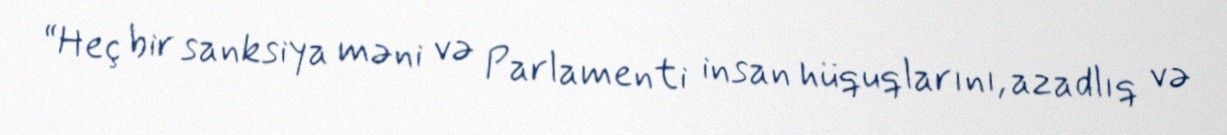
“Heç bir sanksiya məni və Parlamenti insan hüquqlarını, azadlıq və